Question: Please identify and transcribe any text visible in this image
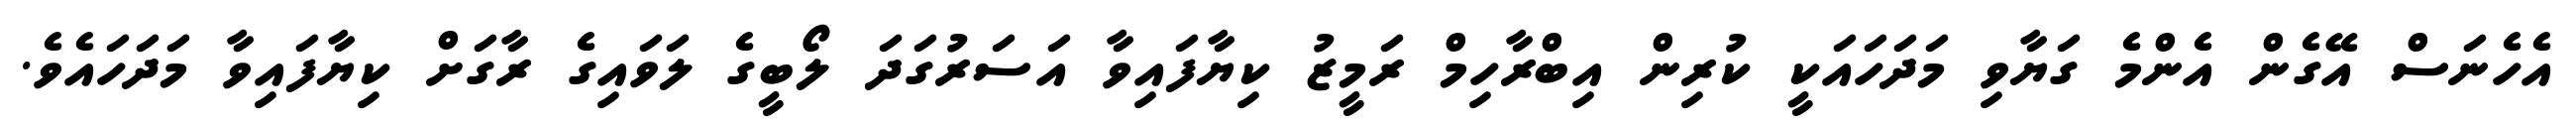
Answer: އެހެނަސް އޭގެން އެންމެ ގަޔާވި މަދަހައަކީ ކުރިން އިބްރާހިމް ރަމީޒު ކިޔާފައިވާ އަސަރުގަދަ ލޯބީގެ ލަވައިގެ ރާގަށް ކިޔާފައިވާ މަދަހައެވެ.